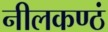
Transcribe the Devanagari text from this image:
नीलकण्ठं